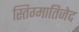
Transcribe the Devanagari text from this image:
स्तिग्मातिजेद